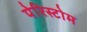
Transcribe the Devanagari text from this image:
पेरिस्टोम